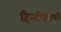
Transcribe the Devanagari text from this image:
हिन्दीकाफी